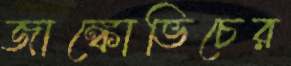
জাঙ্কোভিচের